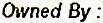
OWNED BY :